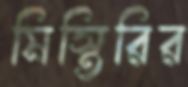
মিস্তিরির